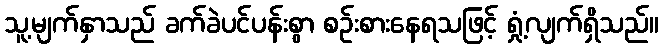
သူ့မျက်နှာသည် ခက်ခဲပင်ပန်းစွာ စဉ်းစားနေရသဖြင့် ရှုံ့လျက်ရှိသည်။